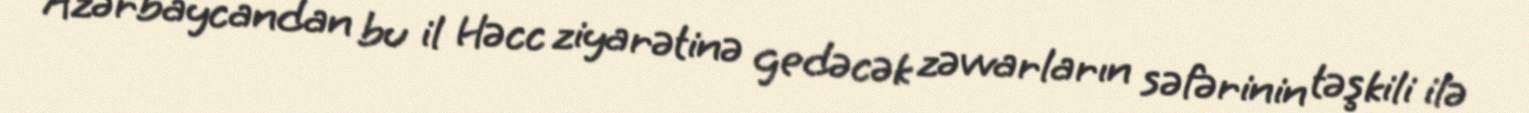
Azərbaycandan bu il Həcc ziyarətinə gedəcək zəvvarların səfərinin təşkili ilə